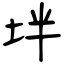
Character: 坢